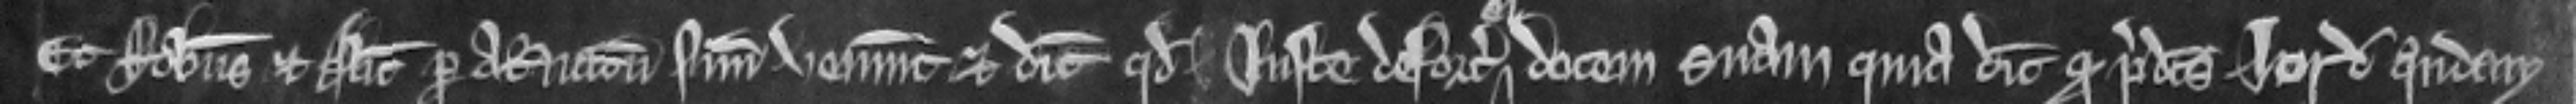
Et Robertus et Alicia per attornatum suum veniunt et dicunt quod juste deforciaverunt ei dotem suam quia dicunt quod predictus Jordanus quondam